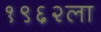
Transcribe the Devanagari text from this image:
१९६२ला